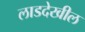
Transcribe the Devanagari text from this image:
लाडदेखील